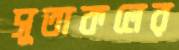
সুতাকলের